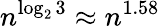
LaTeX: n^{\log_{2}3}\approx n^{1.58}